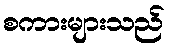
စကားများသည်